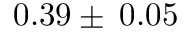
0 . 3 9 \pm \: 0 . 0 5